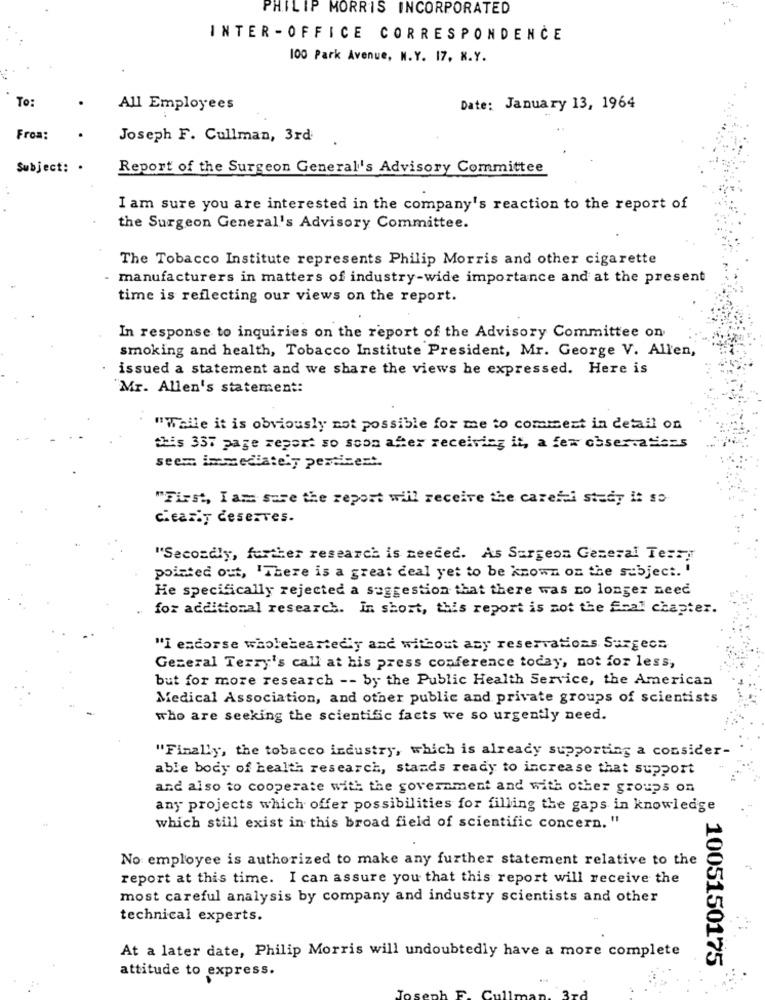
PHILIP MORRIS INCORPORATED
INTER -OFFICE CORRESPONDENCE
100 Park Avenue, N.Y. 17, N.Y.
To:
All Employees
Date: January 13, 1964
From:
Joseph F. Cullman, 3rd
Subject: .
Report of the Surgeon General's Advisory Committee
I am sure you are interested in the company's reaction to the report of
the Surgeon General's Advisory Committee.
The Tobacco Institute represents Philip Morris and other cigarette
- manufacturers in matters of industry-wide importance and at the present
time is reflecting our views on the report.
In response to inquiries on the report of the Advisory Committee on
smoking and health, Tobacco Institute President, Mr. George V. Allen,
issued a statement and we share the views he expressed. Here is
"Mr. Allen's statement:
"While it is obviously not possible for me to comment in detail on
this 337 page report so soon after receiving it, a few obser.atiszs
seem immediately pertinent.
"First, I am sure the repost will receive the careful study it so
clearly deserves.
"Secondly, further research is needed. As Surgeon General Terry
pointed out, "There is a great deal yet to be known on the subject. '
He specifically rejected a suggestion that there was no longer need
. for additional research. In short, this report is not the Scal chapter.
"I encorse wholeheartedly and without any reservations Surgeon
Gezeral Terry's call at his press conference today, not for less,
but for more research -- by the Public Health Service, the American
Medical Association, and other public and private groups of scientists
who are seeking the scientific facts we so urgently need.
"Finally, the tobacco industry, which is already supporting a consider-
able body of health research, stands ready to increase that support
and also to cooperate with the government and with other groups on
any projects which offer possibilities for filling the gaps in knowledge
which still exist in this broad field of scientific concern. "
No employee is authorized to make any further statement relative to the
report at this time. I can assure you that this report will receive the
most careful analysis by company and industry scientists and other
technical experts.
At a later date, Philip Morris will undoubtedly have a more complete
1005150175
attitude to express.